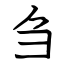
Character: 刍